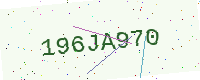
Text: 196JA970